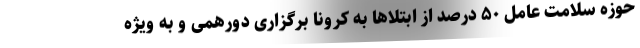
حوزه سلامت عامل ۵۰ درصد از ابتلاها به کرونا برگزاری دورهمی و به ویژه